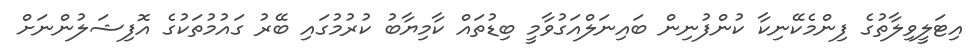
އިޓަލީވިލާތުގެ ފިންމެކޭނިކާ ކުންފުނިން ބައިނަލްއަގުވާމީ ބިޑުތައް ކާމިޔާބު ކުރުމުގައި ބޭރު ގައުމުތަކުގެ އޮފިޝަލުންނަށް